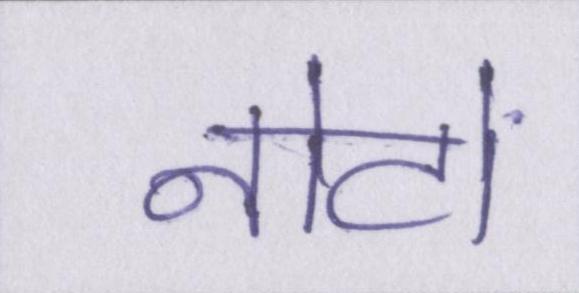
नोटों